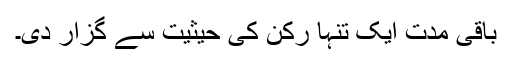
باقی مدت ایک تنہا رُکن کی حیثیت سے گزار دی۔